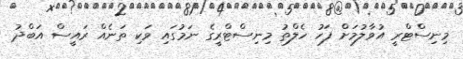
މިނިސްޓްރީ އުވާލުމަށް ފަހު ހެލްތު މިނިސްޓްރީގެ ނަމުގައި ވަކި ތަނެއް ރައީސް އަބްދު